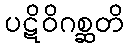
ပဋိဝိဂစ္ဆတိ